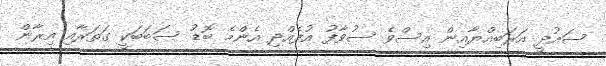
ސައުދީ އަރަބިއްޔާއިން އިސްވެ ސުވާފު އުފެއްދި އެންމެ ބޮޑު ސަބަބަކީ ގަތަރާއި އިރާން